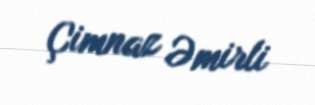
Çimnaz Əmirli